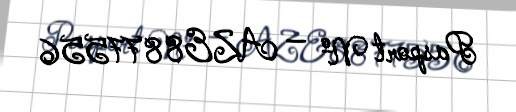
Pasport № — AZE8877556